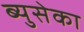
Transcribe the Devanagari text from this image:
ब्युसेका